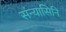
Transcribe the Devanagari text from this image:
संन्यासिनि